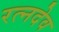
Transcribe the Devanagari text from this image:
रत्नदेव